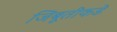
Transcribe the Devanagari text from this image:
जिबूतीकडे